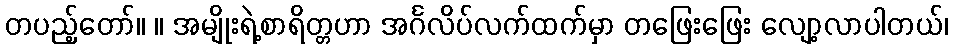
တပည့်တော်။ ။ အမျိုးရဲ့စာရိတ္တဟာ အင်္ဂလိပ်လက်ထက်မှာ တဖြေးဖြေး လျော့လာပါတယ်၊